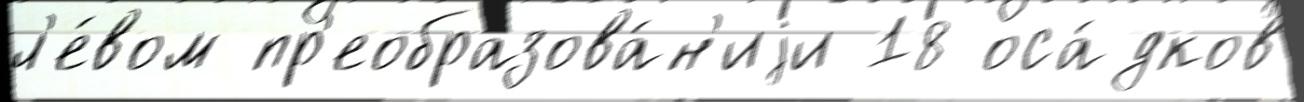
л'е́вом пр'еобразова́н'иjи 18 оса́дков